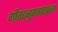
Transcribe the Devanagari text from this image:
गीतहनुमत्पराक्रम